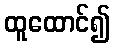
ထူထောင်၍